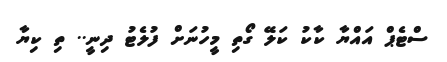
ސްޓެޕް އައްޔާ ކާކު ކަލޭ ގޯތި މީހުނަަށް ފުލެޓު ދިނީ.. ތި ކިޔާ